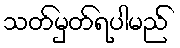
သတ်မှတ်ရပါမည်